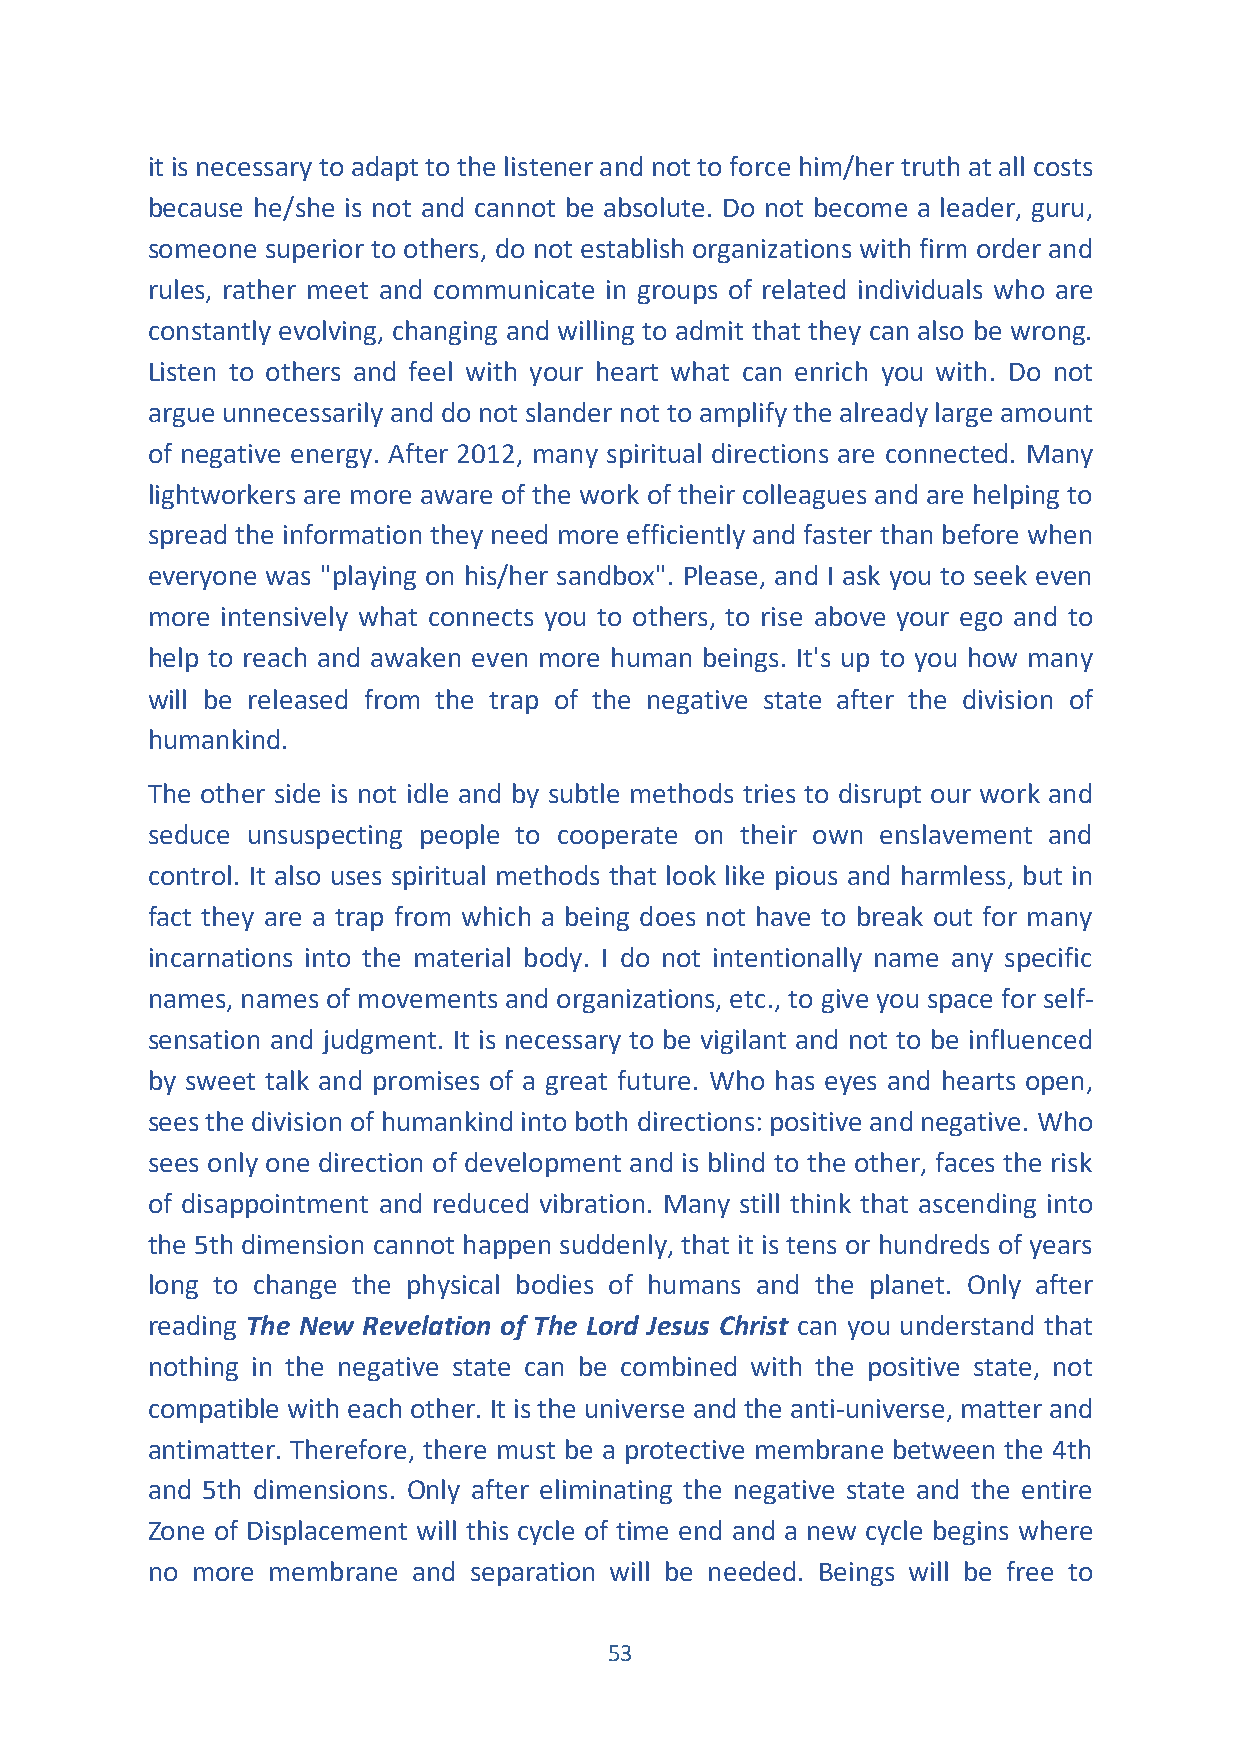
it is necessary to adapt to the listener and not to force him/her truth at all costs
 because he/she is not and cannot be absolute. Do not become a leader, guru,
 someone superior to others, do not establish organizations with firm order and
 rules, rather meet and communicate in groups of related individuals who are
 constantly evolving, changing and willing to admit that they can also be wrong.
 Listen to others and feel with your heart what can enrich you with. Do not
 argue unnecessarily and do not slander not to amplify the already large amount
 of negative energy. After 2012, many spiritual directions are connected. Many
 lightworkers are more aware of the work of their colleagues and are helping to
 spread the information they need more efficiently and faster than before when
 everyone was "playing on his/her sandbox". Please, and I ask you to seek even
 more intensively what connects you to others, to rise above your ego and to
 help to reach and awaken even more human beings. It's up to you how many
 will be released from the trap of the negative state after the division of
 humankind.
 The other side is not idle and by subtle methods tries to disrupt our work and
 seduce unsuspecting people to cooperate on their own enslavement and
 control. It also uses spiritual methods that look like pious and harmless, but in
 fact they are a trap from which a being does not have to break out for many
 incarnations into the material body. I do not intentionally name any specific
 names, names of movements and organizations, etc., to give you space for self-
 sensation and judgment. It is necessary to be vigilant and not to be influenced
 by sweet talk and promises of a great future. Who has eyes and hearts open,
 sees the division of humankind into both directions: positive and negative. Who
 sees only one direction of development and is blind to the other, faces the risk
 of disappointment and reduced vibration. Many still think that ascending into
 the 5th dimension cannot happen suddenly, that it is tens or hundreds of years
 long to change the physical bodies of humans and the planet. Only after
 reading The New Revelation of The Lord Jesus Christ can you understand that
 nothing in the negative state can be combined with the positive state, not
 compatible with each other. It is the universe and the anti-universe, matter and
 antimatter. Therefore, there must be a protective membrane between the 4th
 and 5th dimensions. Only after eliminating the negative state and the entire
 Zone of Displacement will this cycle of time end and a new cycle begins where
 no more membrane and separation will be needed. Beings will be free to
 53